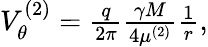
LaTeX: \begin{array}{r}{V_{\theta}^{(2)}=\frac{q}{2\pi}\frac{\gamma M}{4\mu^{(2)}}\frac{1}{r},}\end{array}